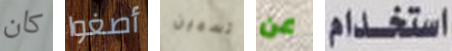
كان أصغوا تسمين عن استخدام